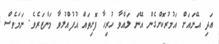
އަދި އޭނައަށް އަމުރުކޮށްގެން އޭނަ ލައްވާ ހުރިހާ ފޮށިތައް އުފުއްލުވާ މަންޒަރެވެ. ނަމަވެސް